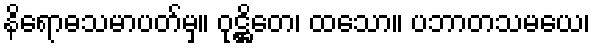
နိရောဓသမာပတ်မှ။ ဝုဋ္ဌိတေ၊ ထသော။ ပဘာတသမယေ၊